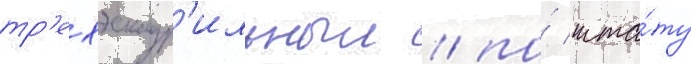
тр'ехэскадр'ильныи / по́ шта́ту